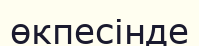
өкпесінде